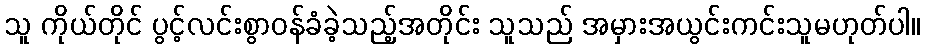
သူ ကိုယ်တိုင် ပွင့်လင်းစွာဝန်ခံခဲ့သည့်အတိုင်း သူသည် အမှားအယွင်းကင်းသူမဟုတ်ပါ။